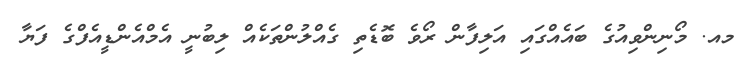
މއ. މޯނިންވިއުގެ ބައެއްގައި އަލިފާން ރޯވެ ބޮޑެތި ގެއްލުންތަކެއް ލިބުނީ އެމްއެންޑީއެފްގެ ފަޔާ